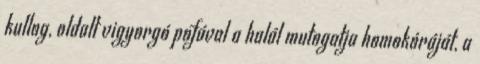
kullog, oldalt vigyorgó pofával a halál mutogatja homokóráját, a